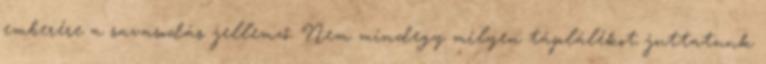
emberére a savasodás jellemző. Nem mindegy milyen táplálékot juttatunk